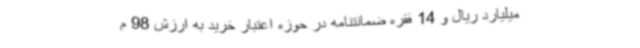
میلیارد ریال و 14 فقره ضمانتنامه در حوزه اعتبار خرید به ارزش 98 م